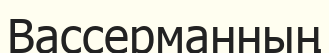
Вассерманның